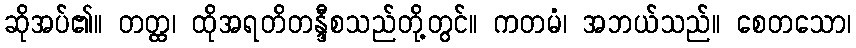
ဆိုအပ်၏။ တတ္ထ၊ ထိုအရတိတန္ဒီစသည်တို့တွင်။ ကတမံ၊ အဘယ်သည်။ စေတသော၊